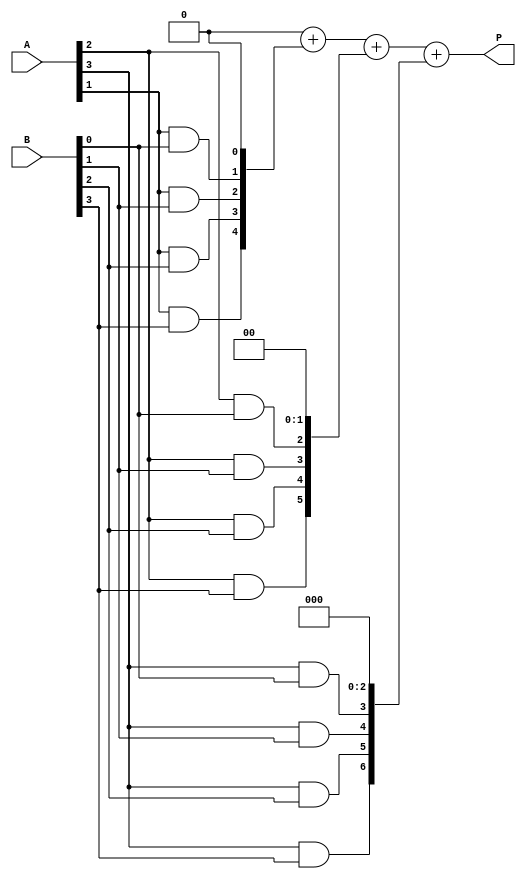
module array_multiplier #(parameter N = 4) (
    input  wire [N-1:0] A,
    input  wire [N-1:0] B,
    output wire [2*N-1:0] P
);

    // Intermediate signal to store partial products
    wire [N-1:0] partial_products[N-1:0];

    // Generate partial products using AND gates
    genvar i, j;
    generate
        for (i = 0; i < N; i = i + 1) begin : pp_gen
            for (j = 0; j < N; j = j + 1) begin : and_gen
                assign partial_products[i][j] = A[i] & B[j];
            end
        end
    endgenerate

    // Sum the partial products
    wire [2*N-1:0] sum [N-1:0];

    // Initialize the first sum as the first partial product
    assign sum[0] = {partial_products[0], 0}; // Align first partial product

    // Perform addition of partial products
    generate
        for (i = 1; i < N; i = i + 1) begin : add_gen
            assign sum[i] = sum[i-1] + {partial_products[i], i'b0}; // Shift and add
        end
    endgenerate

    // Final product
    assign P = sum[N-1]; // The final result after all sums

endmodule